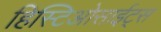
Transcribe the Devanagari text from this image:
हिस्टिओसाईट्स